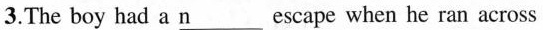
3.The boy had a\underline{n} escape when he ran across